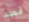
قصد